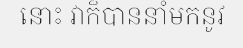
នោះ វាក៏បាននាំមកនូវ